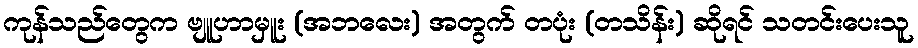
ကုန်သည်တွေက ဗျူဟာမှူး (အဘလေး) အတွက် တပုံး (တသိန်း) ဆိုရင် သတင်းပေးသူ